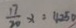
\frac { 1 7 } { 2 0 } x = 4 2 5 0